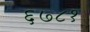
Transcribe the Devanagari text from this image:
६७८१